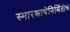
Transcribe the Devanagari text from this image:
स्मारकाचेनिर्मितीचे